Report of the Indian Hemp Drugs Commission, 1894-1895 - Volume IV
Year: 1894
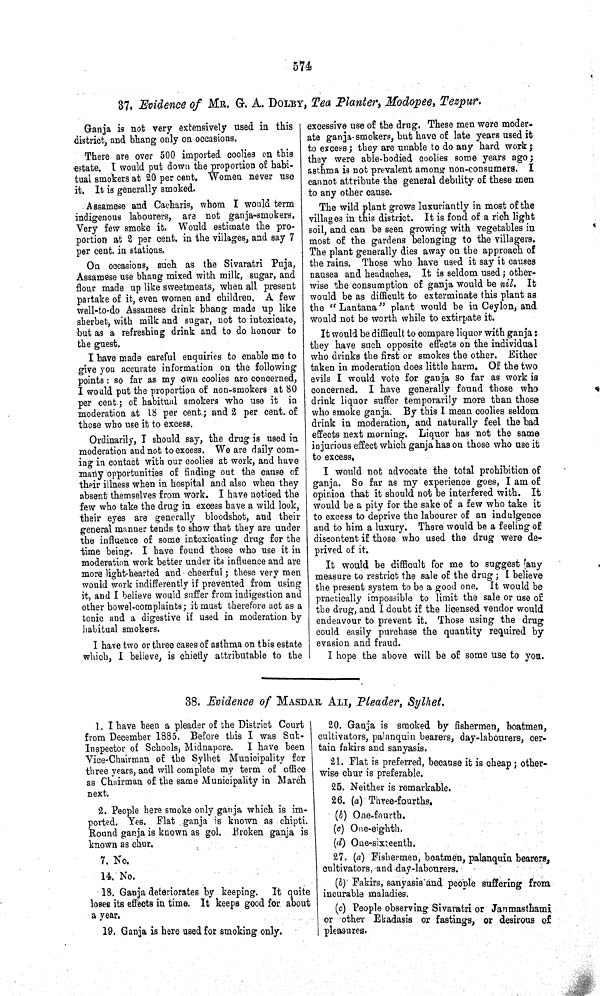
574
37. Evidence of MR. G. A. DOLBY, Tea Planter, Modopee, Tezpur.
Ganja is not very extensively used in this
district, and bhang only on occasions.
There are over 500 imported coolies on this
estate. I would put down the proportion of habi-
tual smokers at 20 per cent. Women never use
it. It is generally smoked.
Assamese and Cacharis, whom I would term
indigenous labourers, are not ganja-smokers.
Very few smoke it. Would estimate the pro-
portion at 2 per cent. in the villages, and say 7
per cent. in stations.
On occasions, such as the Sivaratri Puja,
Assamese use bhang mixed with milk, sugar, and
flour made up like sweetmeats, when all present
partake of it, even women and children. A few
well-to-do Assamese drink bhang made up like
sherbet, with milk and sugar, not to intoxicate,
but as a refreshing drink and to do honour to
the guest.
I have made careful enquiries to enable me to
give you accurate information on the following
points: so far as my own coolies are concerned,
I would put the proportion of non-smokers at 80
per cent; of habitual smokers who use it in
moderation at 18 per cent; and 2 per cent. of
those who use it to excess.
Ordinarily, I should say, the drug is used in
moderation and not to excess. We are daily com-
ing in contact with our coolies at work, and have
many opportunities of finding out the cause of
their illness when in hospital and also when they
absent themselves from work. I have noticed the
few who take the drug in excess have a wild look,
their eyes are generally bloodshot, and their
general manner tends to show that they are under
the influence of some intoxicating drug for the
time being. I have found those who use it in
moderation work better under its influence and are
more light-hearted and cheerful; these very men
would work indifferently if prevented from using
it, and I believe would suffer from indigestion and
other bowel-complaints; it must therefore act as a
tonic and a digestive if used in moderation by
habitual smokers.
I have two or three cases of asthma on this estate
which, I believe, is chiefly attributable to the
excessive use of the drug. These men were moder-
ate ganja-smokers, but have of late years used it
to excess; they are unable to do any hard work;
they were able-bodied coolies some years ago;
asthma is not prevalent among non-consumers. I
cannot attribute the general debility of these men
to any other cause.
The wild plant grows luxuriantly in most of the
villages in this district. It is fond of a rich light
soil, and can be seen growing with vegetables in
most of the gardens belonging to the villagers.
The plant generally dies away on the approach of
the rains. Those who have used it say it causes
nausea and headaches. It is seldom used; other-
wise the consumption of ganja would be nil. It
would be as difficult to exterminate this plant as
the "Lantana" plant would be in Ceylon, and
would not be worth while to extirpate it.
It would be difficult to compare liquor with ganja:
they have such opposite effects on the individual
who drinks the first or smokes the other. Either
taken in moderation does little harm. Of the two
evils I would vote for ganja so far as work is
concerned. I have generally found those who
drink liquor suffer temporarily more than those
who smoke ganja. By this I mean coolies seldom
drink in moderation, and naturally feel the bad
effects next morning. Liquor has not the same
injurious effect which ganja has on those who use it
to excess.
I would not advocate the total prohibition of
ganja. So far as my experience goes, I am of
opinion that it should not be interfered with. It
would be a pity for the sake of a few who take it
to excess to deprive the labourer of an indulgence
and to him a luxury. There would be a feeling of
discontent if those who used the drug were de-
prived of it.
It would be difficult for me to suggest any
measure to restrict the sale of the drug; I believe
the present system to be a good one. It would be
practically impossible to limit the sale or use of
the drug, and I doubt if the licensed vendor would
endeavour to prevent it. Those using the drug
could easily purchase the quantity required by
evasion and fraud.
I hope the above will be of some use to you.
38. Evidence of MASDAR ALI, Pleader, Sylhet.
1. I have been a pleader of the District Court
from December 1885. Before this I was Sub-
Inspector of Schools, Midnapore.
I have been
Vice-Chairman of the Sylhet Municipality for
three years, and will complete my term of office
as Chairman of the same Municipality in March
next.
2. People here smoke only ganja which is im-
ported. Yes. Flat ganja is known as chipti.
Round ganja is known as gol. Broken ganja is
known as chur.
7. No.
14. No.
18. Ganja deteriorates by keeping. It quite
loses its effects in time. It keeps good for about
a year.
19. Ganja is here used for smoking only.
20. Ganja is smoked by fishermen, boatmen,
cultivators, palanquin bearers, day-labourers, cer-
tain fakirs and sanyasis.
21. Flat is preferred, because it is cheap; other-
wise chur is preferable.
25. Neither is remarkable.
26. (a) Three-fourths.
(b) One-fourth.
(c) One-eighth.
(d) One-sixteenth.
27. (a) Fishermen, boatmen, palanquin bearers,
cultivators, and day-labourers.
(b) Fakirs, sanyasis and people suffering from
incurable maladies.
(c) People observing Sivaratri or Janmasthami
or other Ekadasis or fastings, or desirous of
pleasures.